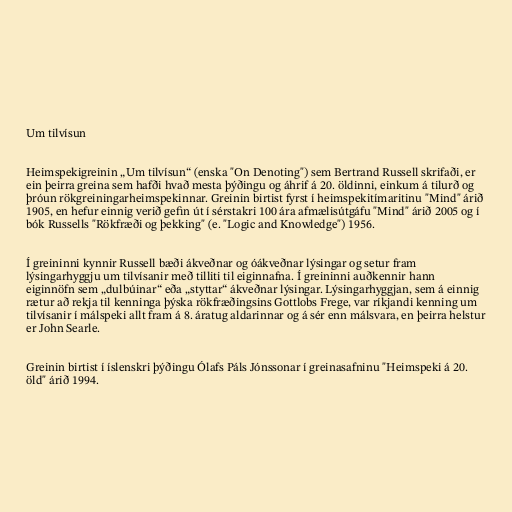
Um tilvísun

Heimspekigreinin „Um tilvísun“ (enska "On Denoting") sem Bertrand Russell skrifaði, er
ein þeirra greina sem hafði hvað mesta þýðingu og áhrif á 20. öldinni, einkum á tilurð og
þróun rökgreiningarheimspekinnar. Greinin birtist fyrst í heimspekitímaritinu "Mind" árið
1905, en hefur einnig verið gefin út í sérstakri 100 ára afmælisútgáfu "Mind" árið 2005 og í
bók Russells "Rökfræði og þekking" (e. "Logic and Knowledge") 1956.

Í greininni kynnir Russell bæði ákveðnar og óákveðnar lýsingar og setur fram
lýsingarhyggju um tilvísanir með tilliti til eiginnafna. Í greininni auðkennir hann
eiginnöfn sem „dulbúinar“ eða „styttar“ ákveðnar lýsingar. Lýsingarhyggjan, sem á einnig
rætur að rekja til kenninga þýska rökfræðingsins Gottlobs Frege, var ríkjandi kenning um
tilvísanir í málspeki allt fram á 8. áratug aldarinnar og á sér enn málsvara, en þeirra helstur
er John Searle.

Greinin birtist í íslenskri þýðingu Ólafs Páls Jónssonar í greinasafninu "Heimspeki á 20.
öld" árið 1994.